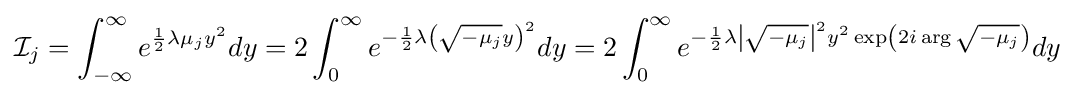
{\mathcal {I}}_{j}=\int _{-\infty }^{\infty }e^{{\frac {1}{2}}\lambda \mu _{j}y^{2}}dy=2\int _{0}^{\infty }e^{-{\frac {1}{2}}\lambda \left({\sqrt {-\mu _{j}}}y\right)^{2}}dy=2\int _{0}^{\infty }e^{-{\frac {1}{2}}\lambda \left|{\sqrt {-\mu _{j}}}\right|^{2}y^{2}\exp \left(2i\arg {\sqrt {-\mu _{j}}}\right)}dy